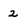
Character: 2